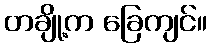
တချို့က ခြေကျင်။